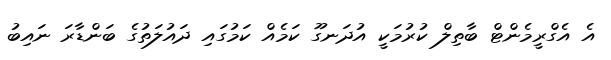
އެ އެގްރީމެންޓް ބާތިލް ކުރުމަކީ އުދަނގޫ ކަމެއް ކަމުގައި ދައުލަތުގެ ބަންޑާރަ ނައިބު